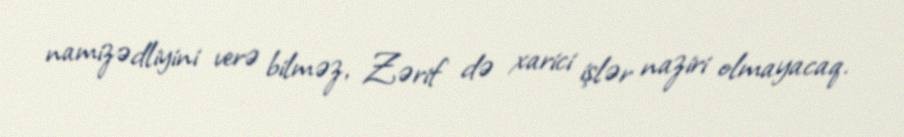
namizədliyini verə bilməz, Zərif də xarici işlər naziri olmayacaq.